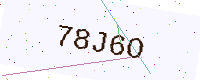
Text: 78J6O